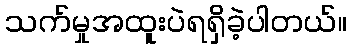
သက်မှုအထူးပဲရရှိခဲ့ပါတယ်။